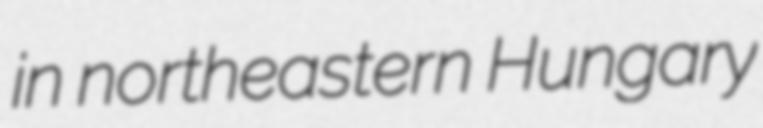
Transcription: in northeastern Hungary